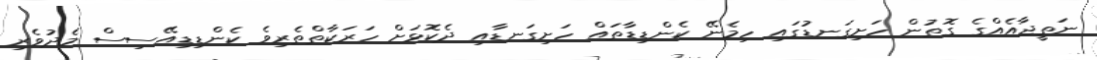
ނަތީޖާއެއްގެ ގޮތުން ހަށިގަނޑުގައި ހިމެނޭ ކެންޑިޑާތައް ހަށިގަނޑާއި ދެކޮޅަށް ހަރަކާތްތެރިވެ ކެންޑިޑިއޭސިސް މެދުވެރި